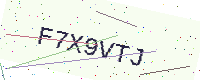
Text: F7X9VTJ